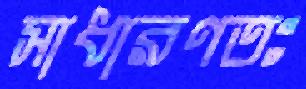
সাধারণতঃ